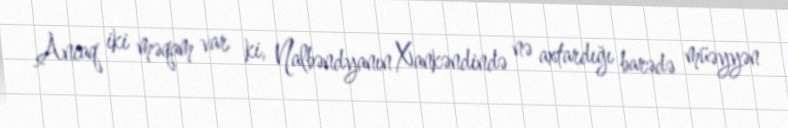
Ancaq iki məqam var ki, Nalbəndyanın Xankəndində nə axtardığı barədə müəyyən